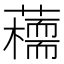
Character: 𧂦